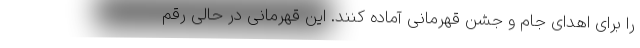
را برای اهدای جام و جشن قهرمانی آماده کنند. این قهرمانی در حالی رقم